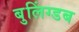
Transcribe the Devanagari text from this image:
बुलिंग्डब